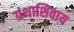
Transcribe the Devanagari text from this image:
ग्रंथाशिवाय